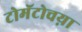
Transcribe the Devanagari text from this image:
टोमॅटोचय़ा